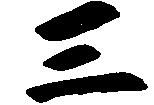
三